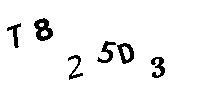
T825D3